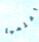
أعلمها